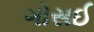
ગોસઈ